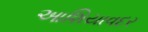
આશિયાવદર